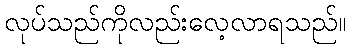
လုပ်သည်ကိုလည်းလေ့လာရသည်။